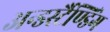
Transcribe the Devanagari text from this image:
अन्डर्स्टैण्डिंग